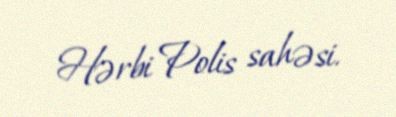
Hərbi Polis sahəsi.